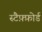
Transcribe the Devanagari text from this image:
स्टैफ़्फ़ोर्ड